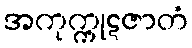
အကုက္ကုဋဇာတံ